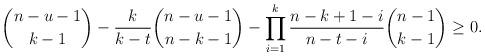
LaTeX: \begin{align*}{n-u-1\choose k-1}-\frac{k}{k-t}{n-u-1\choose n-k-1}-\prod_{i=1}^{k}\frac{n-k+1-i}{n-t-i}{n-1\choose k-1}\ge 0.\end{align*}